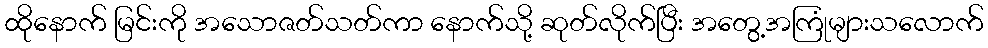
ထိုနောက် မြင်းကို အသောဇတ်သတ်ကာ နောက်သို့ ဆုတ်လိုက်ပြီး အတွေ့အကြုံများသလောက်